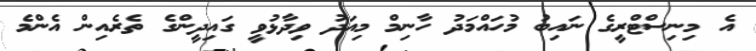
އެ މިނިސްޓްރީގެ ނައިބު މުހައްމަދު ހާނިމް މިއަދު ވިދާޅުވީ ގައިދީންގެ ތެރެއިން އެންމެ